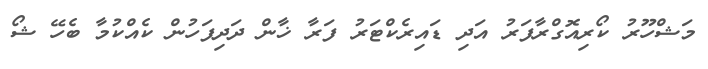
މަޝްހޫރު ކޯރިއޮގްރާފަރު އަދި ޑައިރެކްޓަރު ފަރާ ޚާން ދަދިފަހުން ކެއްކުމާ ބެހޭ ޝޯ